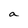
Character: a